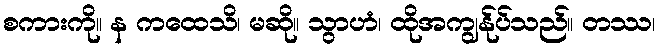
စကားကို။ န ကထေသိ၊ မဆို။ သွာဟံ၊ ထိုအကျွန်ုပ်သည်။ တဿ၊